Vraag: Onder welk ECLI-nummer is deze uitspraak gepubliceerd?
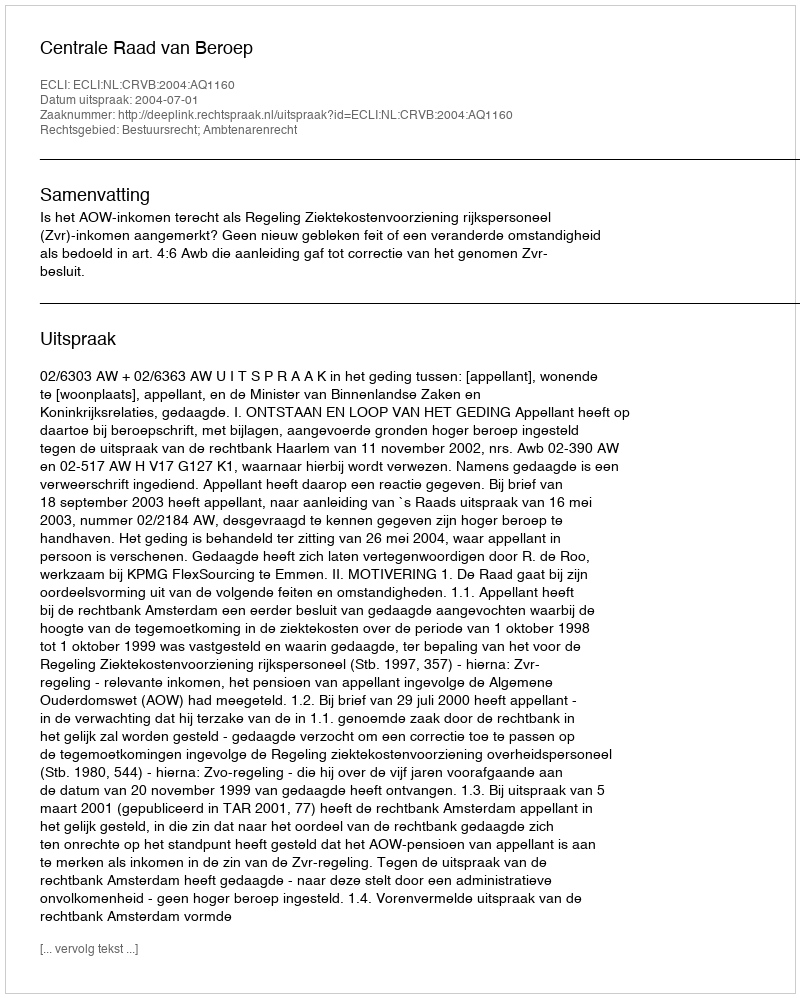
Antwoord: ECLI:NL:CRVB:2004:AQ1160